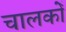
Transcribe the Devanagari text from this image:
चालकोँ